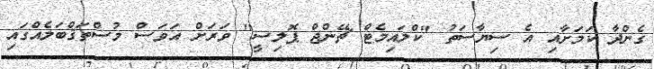
ގެންދާ ކަމަށާއި އެ ސިޔާސަތު "ކްލައިމެޓް ޗޭންޖް ޕޮލިސީ" ވަރަށް އަވަސް މުސްތަޤްބަލެއްގައި